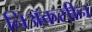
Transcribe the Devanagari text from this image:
निॲकसीन